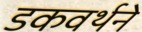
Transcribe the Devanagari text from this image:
डकवर्थने